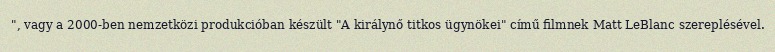
", vagy a 2000-ben nemzetközi produkcióban készült "A királynő titkos ügynökei" című filmnek Matt LeBlanc szereplésével.